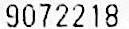
9072218